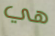
هي